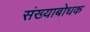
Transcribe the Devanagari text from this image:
संख्याबोधक